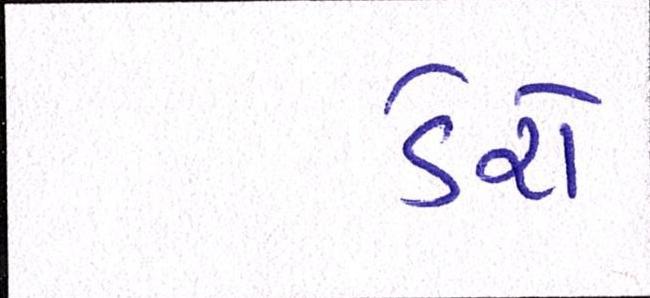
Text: ડેરો